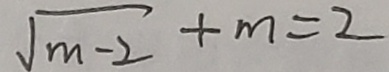
\sqrt { m - 2 } + m = 2